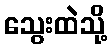
သွေးထဲသို့